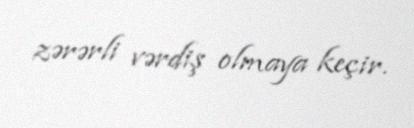
zərərli vərdiş olmaya keçir.